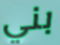
بني